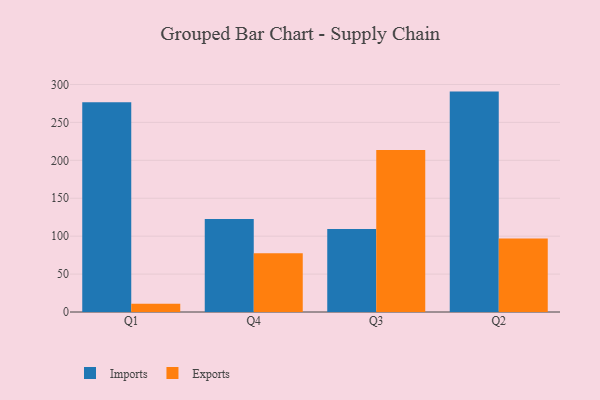
{"axis": {"x": "Quarter", "y": "Shipments"}, "legend": ["Exports", "Imports"], "data": [{"x": "Q1", "y": 276.6, "type": "Imports"}, {"x": "Q1", "y": 11.0, "type": "Exports"}, {"x": "Q4", "y": 122.6, "type": "Imports"}, {"x": "Q4", "y": 77.6, "type": "Exports"}, {"x": "Q3", "y": 109.6, "type": "Imports"}, {"x": "Q3", "y": 213.5, "type": "Exports"}, {"x": "Q2", "y": 290.6, "type": "Imports"}, {"x": "Q2", "y": 97.0, "type": "Exports"}]}